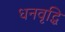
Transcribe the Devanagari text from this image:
धनवृद्धि